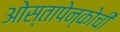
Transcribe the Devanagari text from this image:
ओस्तापेन्कोची